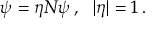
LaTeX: \psi = \eta N \psi \, , \ \ | \eta | = 1 \, .